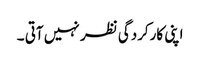
اپنی کارکردگی نظر نہیں آتی ۔